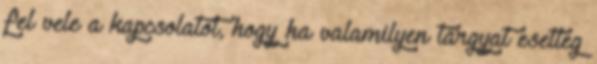
fel vele a kapcsolatot, hogy ha valamilyen tárgyat esetleg